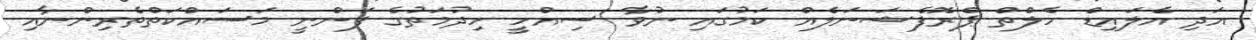
އަދި އެލައިޑް ހެލްތް ޕްރޮފެޝަނަލެއް ކަމުގައި ނުވާ ސިއްހީ ހިދުމަތުގެ ފަންނީ މަސައްކަތްތެރިންނާއި